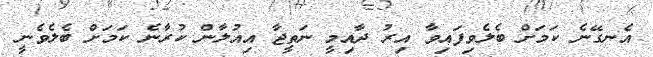
އެނގޭނެ ކަމަށް ބެލެވިފައިވާ އިރު ދާއިމީ ނަތީޖާ އިއުލާން ކުރާނެ ކަމަށް ބެލެވެނީ